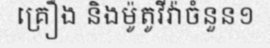
គ្រឿង និងម៉ូតូវីវ៉ាចំនួន១